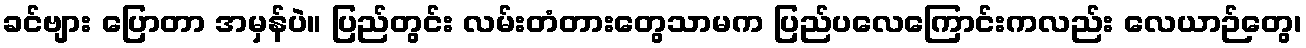
ခင်ဗျား ပြောတာ အမှန်ပဲ။ ပြည်တွင်း လမ်းတံတားတွေသာမက ပြည်ပလေကြောင်းကလည်း လေယာဉ်တွေ၊